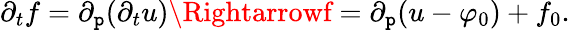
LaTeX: \partial_{t}f=\partial_{\mathtt{p}}(\partial_{t}u)\Rightarrowf=\partial_{\mathtt{p}}(u-\varphi_{0})+f_{0}.